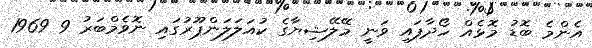
އެންމެ ބޮޑު މޮޅެއް ހޯދާފައި ވަނީ މޭލޭޝިޔާގެ ކުއަލަލަންޕޫރުގައި ނޮވެމްބަރު 9 1969